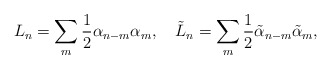
\begin{align*}L_n = \sum_m \frac 1 2 \alpha_{n-m} \alpha_m, ~~~ \tilde L_n = \sum_m \frac 1 2 \tilde \alpha_{n-m} \tilde \alpha_m,\end{align*}